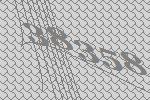
38358